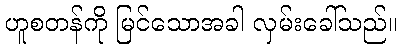
ဟူစတန်ကို မြင်သောအခါ လှမ်းခေါ်သည်။